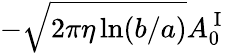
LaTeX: -\sqrt{2\pi\eta\ln(b/a)}A_{0}^{\mathrm{~I~}}